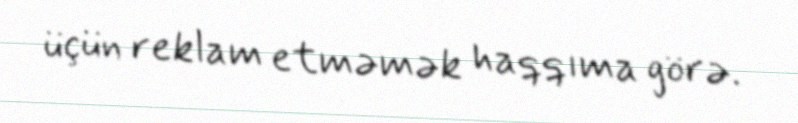
üçün reklam etməmək haqqıma görə.